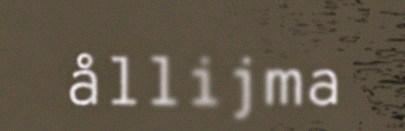
ållijma